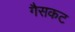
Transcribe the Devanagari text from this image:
गैसकट